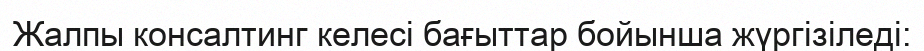
Жалпы консалтинг келесі бағыттар бойынша жүргізіледі: